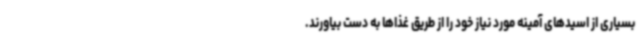
بسیاری از اسیدهای آمینه مورد نیاز خود را از طریق غذاها به دست بیاورند.